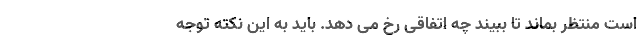
است منتظر بماند تا ببیند چه اتفاقی رخ می دهد. باید به این نکته توجه